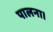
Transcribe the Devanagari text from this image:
पालना।